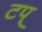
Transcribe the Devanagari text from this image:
टप्